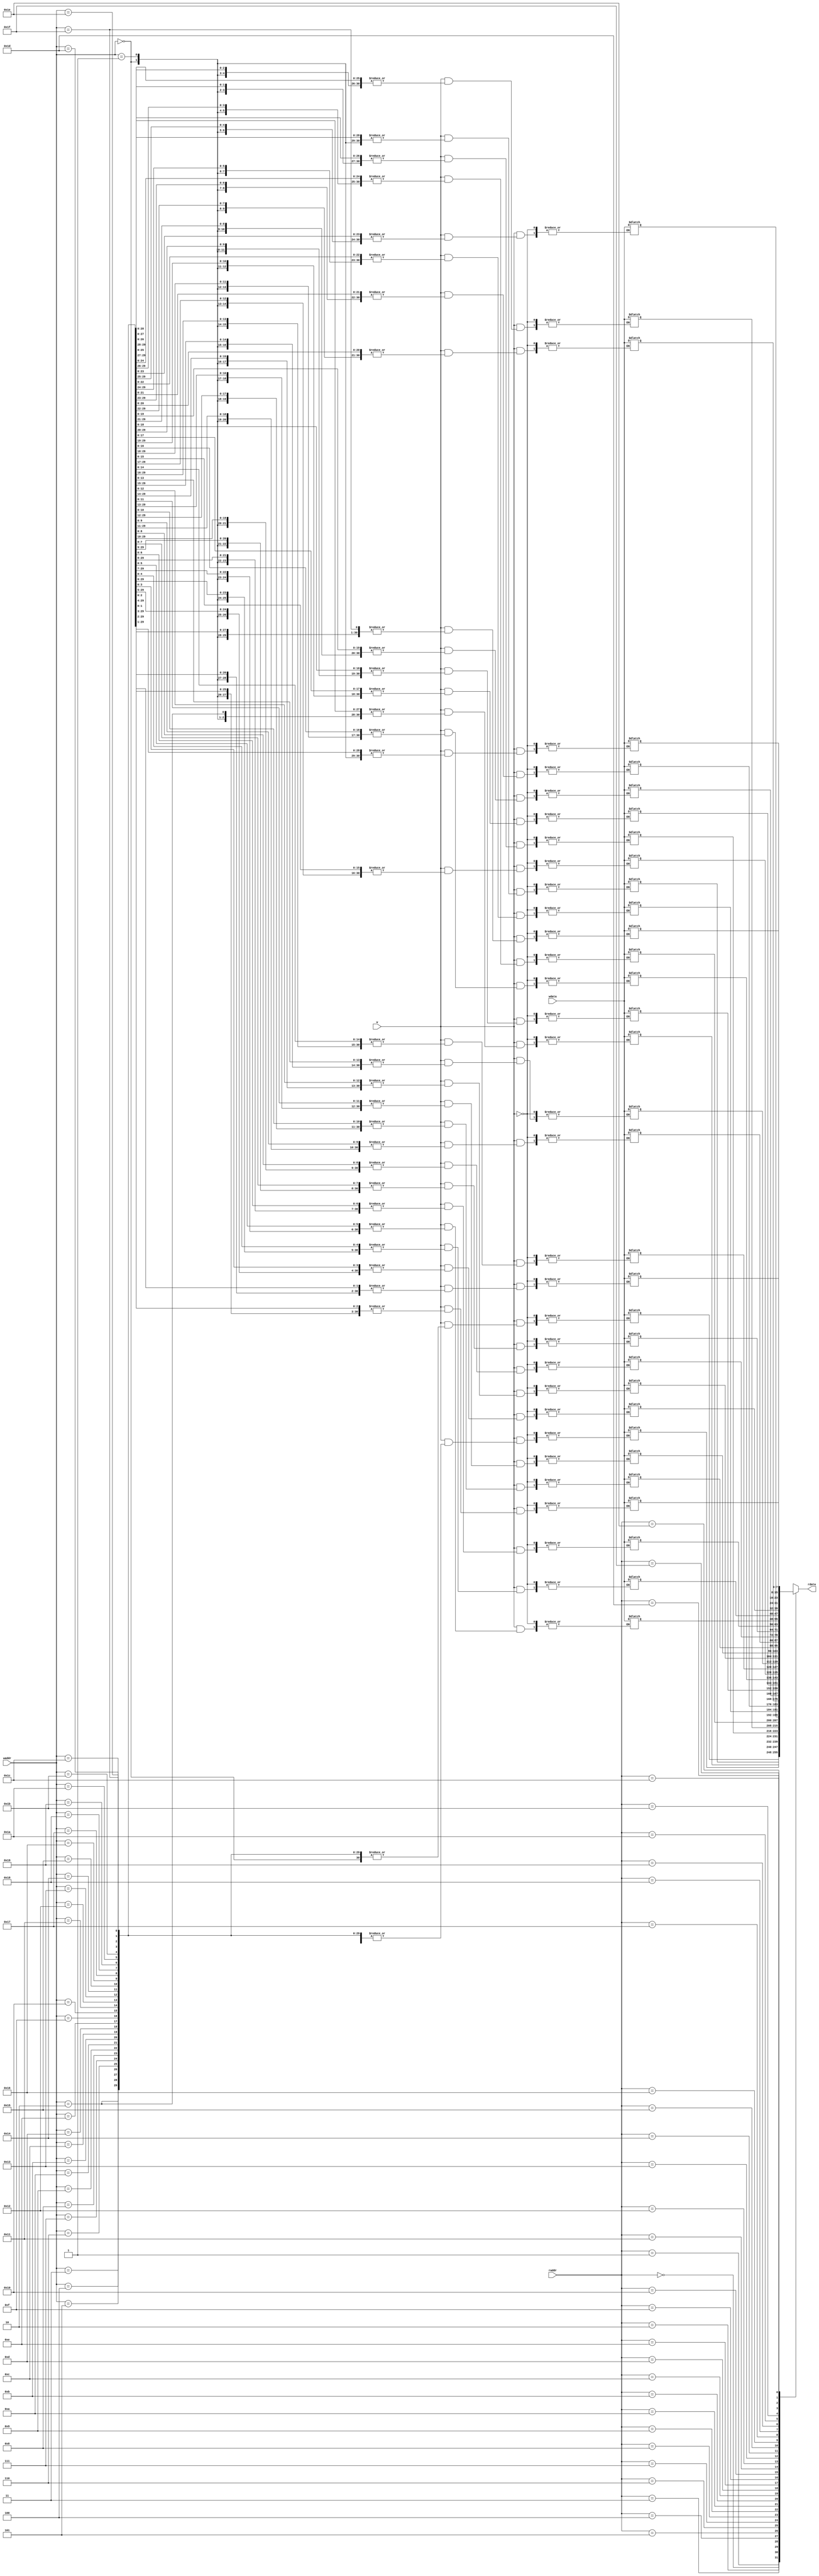
`timescale 1ns / 1ps

module ram(w, waddr, wdata, raddr, rdata);

	parameter N = 8; // word len

	input w;
	input [4:0] waddr;
	input [N-1:0] wdata;
	input [4:0] raddr;
	output [N-1:0] rdata;
	
	reg [N-1:0] mem [0:31];

	always @ (w, waddr, wdata) begin
		if (w) begin
			mem[waddr] = wdata;
		end
	end
	
	assign rdata = mem[raddr];

endmodule